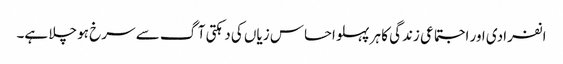
انفرادی اور اجتماعی زندگی کا ہر پہلو احساس زیاں کی دہکتی آگ سے سرخ ہو چلا ہے۔